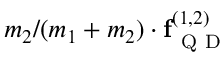
m _ { 2 } / ( m _ { 1 } + m _ { 2 } ) \cdot \mathbf { f } _ { \mathrm { ~ Q ~ D ~ } } ^ { ( 1 , 2 ) }